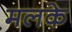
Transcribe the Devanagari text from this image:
मलके